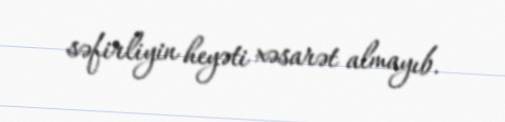
səfirliyin heyəti xəsarət almayıb.